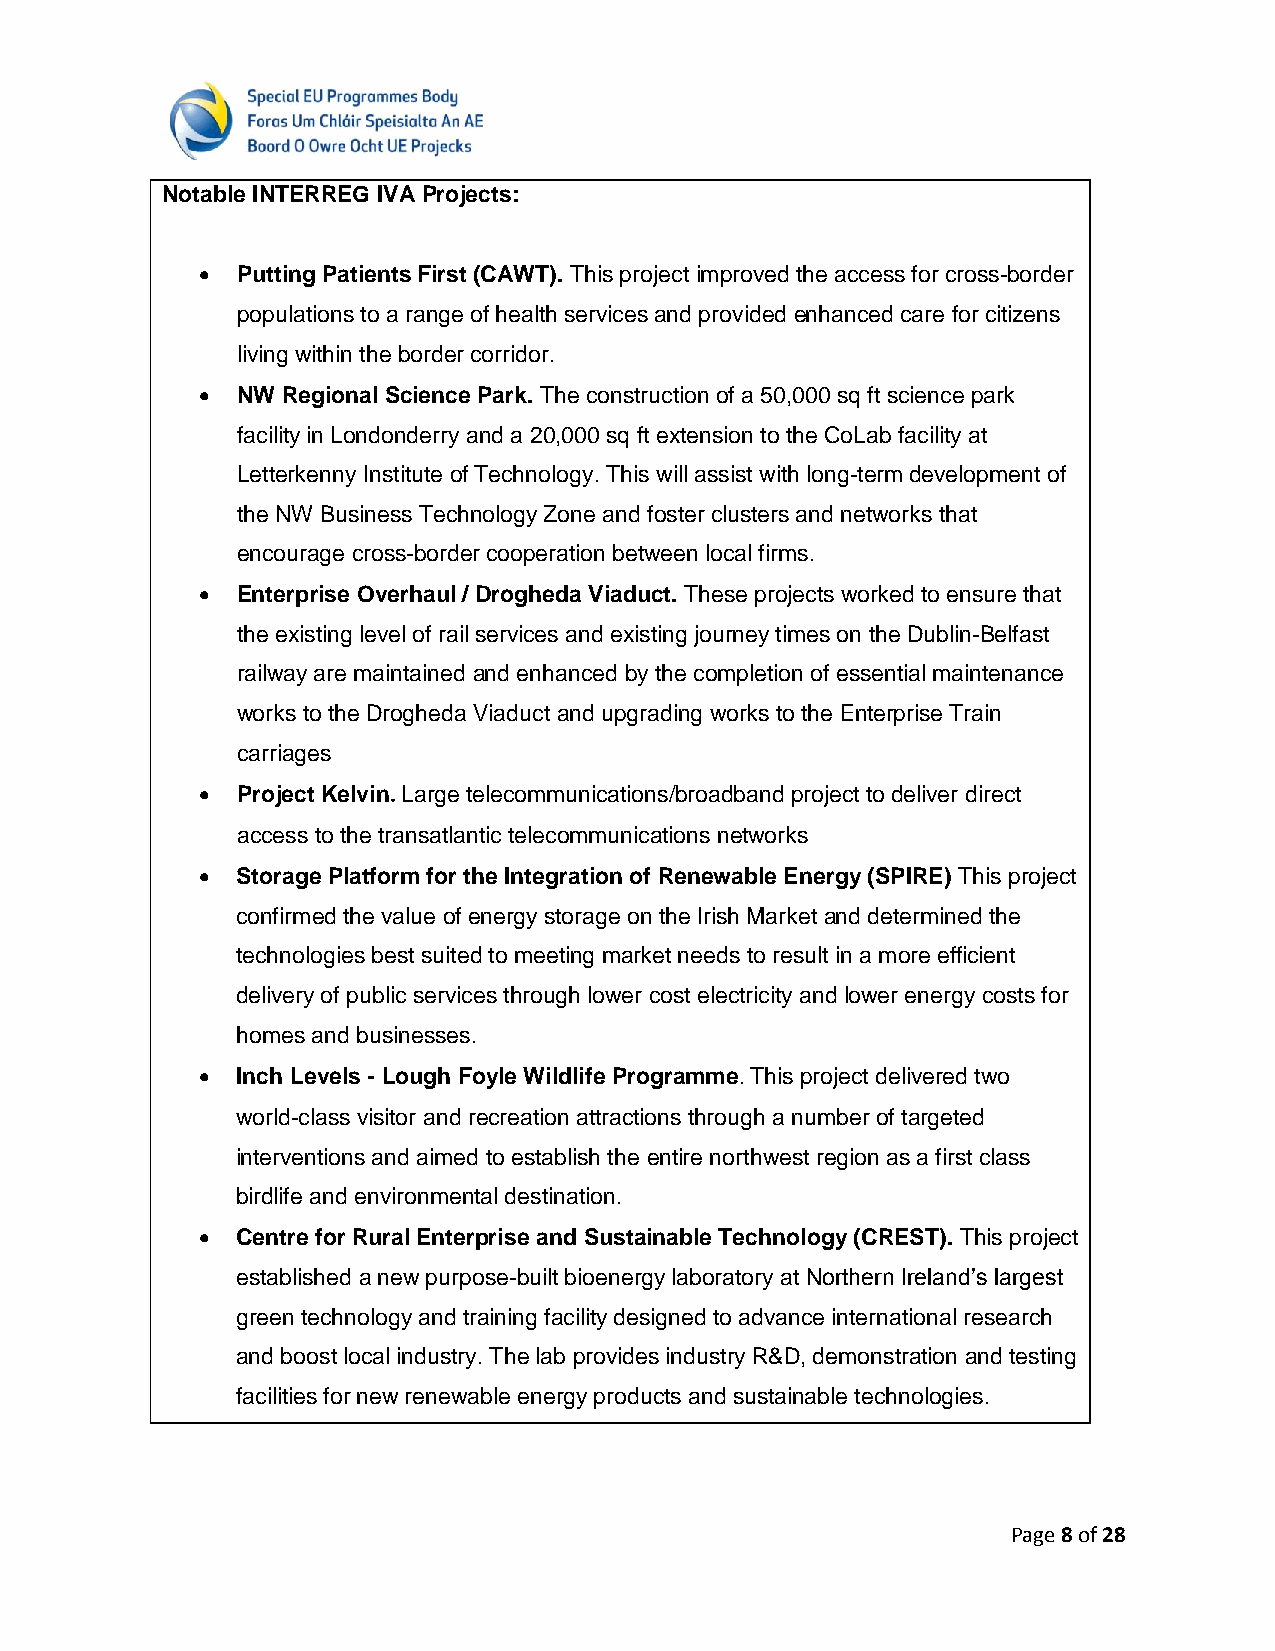
Notable INTERREG IVA Projects:
   Putting Patients First (CAWT). This project improved the access for cross-border
 populations to a range of health services and provided enhanced care for citizens
 living within the border corridor.
   NW Regional Science Park. The construction of a 50,000 sq ft science park
 facility in Londonderry and a 20,000 sq ft extension to the CoLab facility at
 Letterkenny Institute of Technology. This will assist with long-term development of
 the NW Business Technology Zone and foster clusters and networks that
 encourage cross-border cooperation between local firms.
   Enterprise Overhaul / Drogheda Viaduct. These projects worked to ensure that
 the existing level of rail services and existing journey times on the Dublin-Belfast
 railway are maintained and enhanced by the completion of essential maintenance
 works to the Drogheda Viaduct and upgrading works to the Enterprise Train
 carriages
   Project Kelvin. Large telecommunications/broadband project to deliver direct
 access to the transatlantic telecommunications networks
   Storage Platform for the Integration of Renewable Energy (SPIRE) This project
 confirmed the value of energy storage on the Irish Market and determined the
 technologies best suited to meeting market needs to result in a more efficient
 delivery of public services through lower cost electricity and lower energy costs for
 homes and businesses.
   Inch Levels - Lough Foyle Wildlife Programme. This project delivered two
 world-class visitor and recreation attractions through a number of targeted
 interventions and aimed to establish the entire northwest region as a first class
 birdlife and environmental destination.
   Centre for Rural Enterprise and Sustainable Technology (CREST). This project
 established a new purpose-built bioenergy laboratory at Northern Ireland’s largest
 green technology and training facility designed to advance international research
 and boost local industry. The lab provides industry R&D, demonstration and testing
 facilities for new renewable energy products and sustainable technologies.
 Page 8 of 28